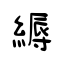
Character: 縟